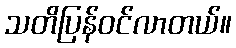
သတိပြန်ဝင်လာတယ်။